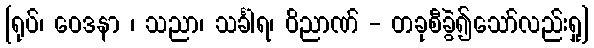
[ရုပ်၊ ဝေဒနာ ၊ သညာ၊ သင်္ခါရ၊ ဝိညာဏ် - တခုစီခွဲ၍သော်လည်းရှု]